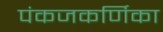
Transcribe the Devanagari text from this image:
पंकजकर्णिका